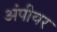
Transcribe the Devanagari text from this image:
अंपीयर